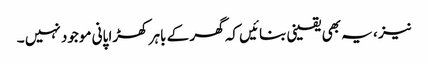
نیز ، یہ بھی یقینی بنائیں کہ گھر کے باہر کھڑا پانی موجود نہیں ۔